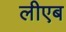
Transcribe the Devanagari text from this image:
लीएब